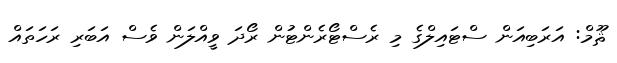
ޘޫމް: އަރަބިއަން ސްޓައިލްގެ މި ރެސްޓޯރެންޓުން ރޯދަ ވީއްލަން ވެސް އަބަރި ރަހަތައް